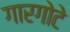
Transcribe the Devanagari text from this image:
गारगोटे